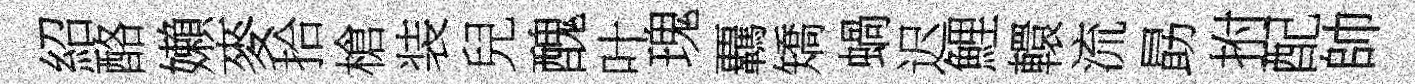
紹酪嬾麥拾槍装兒醜叶瑰覊矯蝸迟鯉轘流勗拊配帥